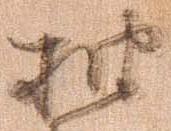
抽